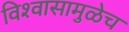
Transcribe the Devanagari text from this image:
विश्‍वासामुळेच